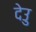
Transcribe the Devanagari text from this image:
देउु